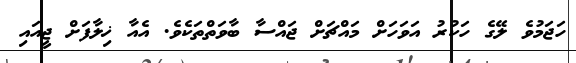
ހަޖަމުވެ ލޭގެ ހަކުރު އަވަހަށް މައްޗަށް ޖައްސާ ބާވަތްތަކެވެ. އެއާ ޚިލާފަށް ޖީއައި